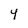
Character: Y